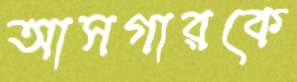
আসগারকে